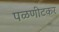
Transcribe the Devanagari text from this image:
पळणीटकर